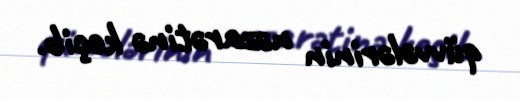
qüvvələrinin nəzarətinə keçib.